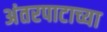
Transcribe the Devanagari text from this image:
अंतरपाटाच्या